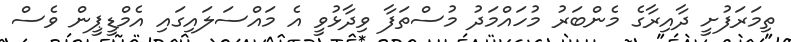
ތިމަރަފުށީ ދާއިރާގެ މެންބަރު މުހައްމަދު މުސްތަފާ ވިދާޅުވީ އެ މައްސަލައިގައި އެމްޑީޕީން ވެސް